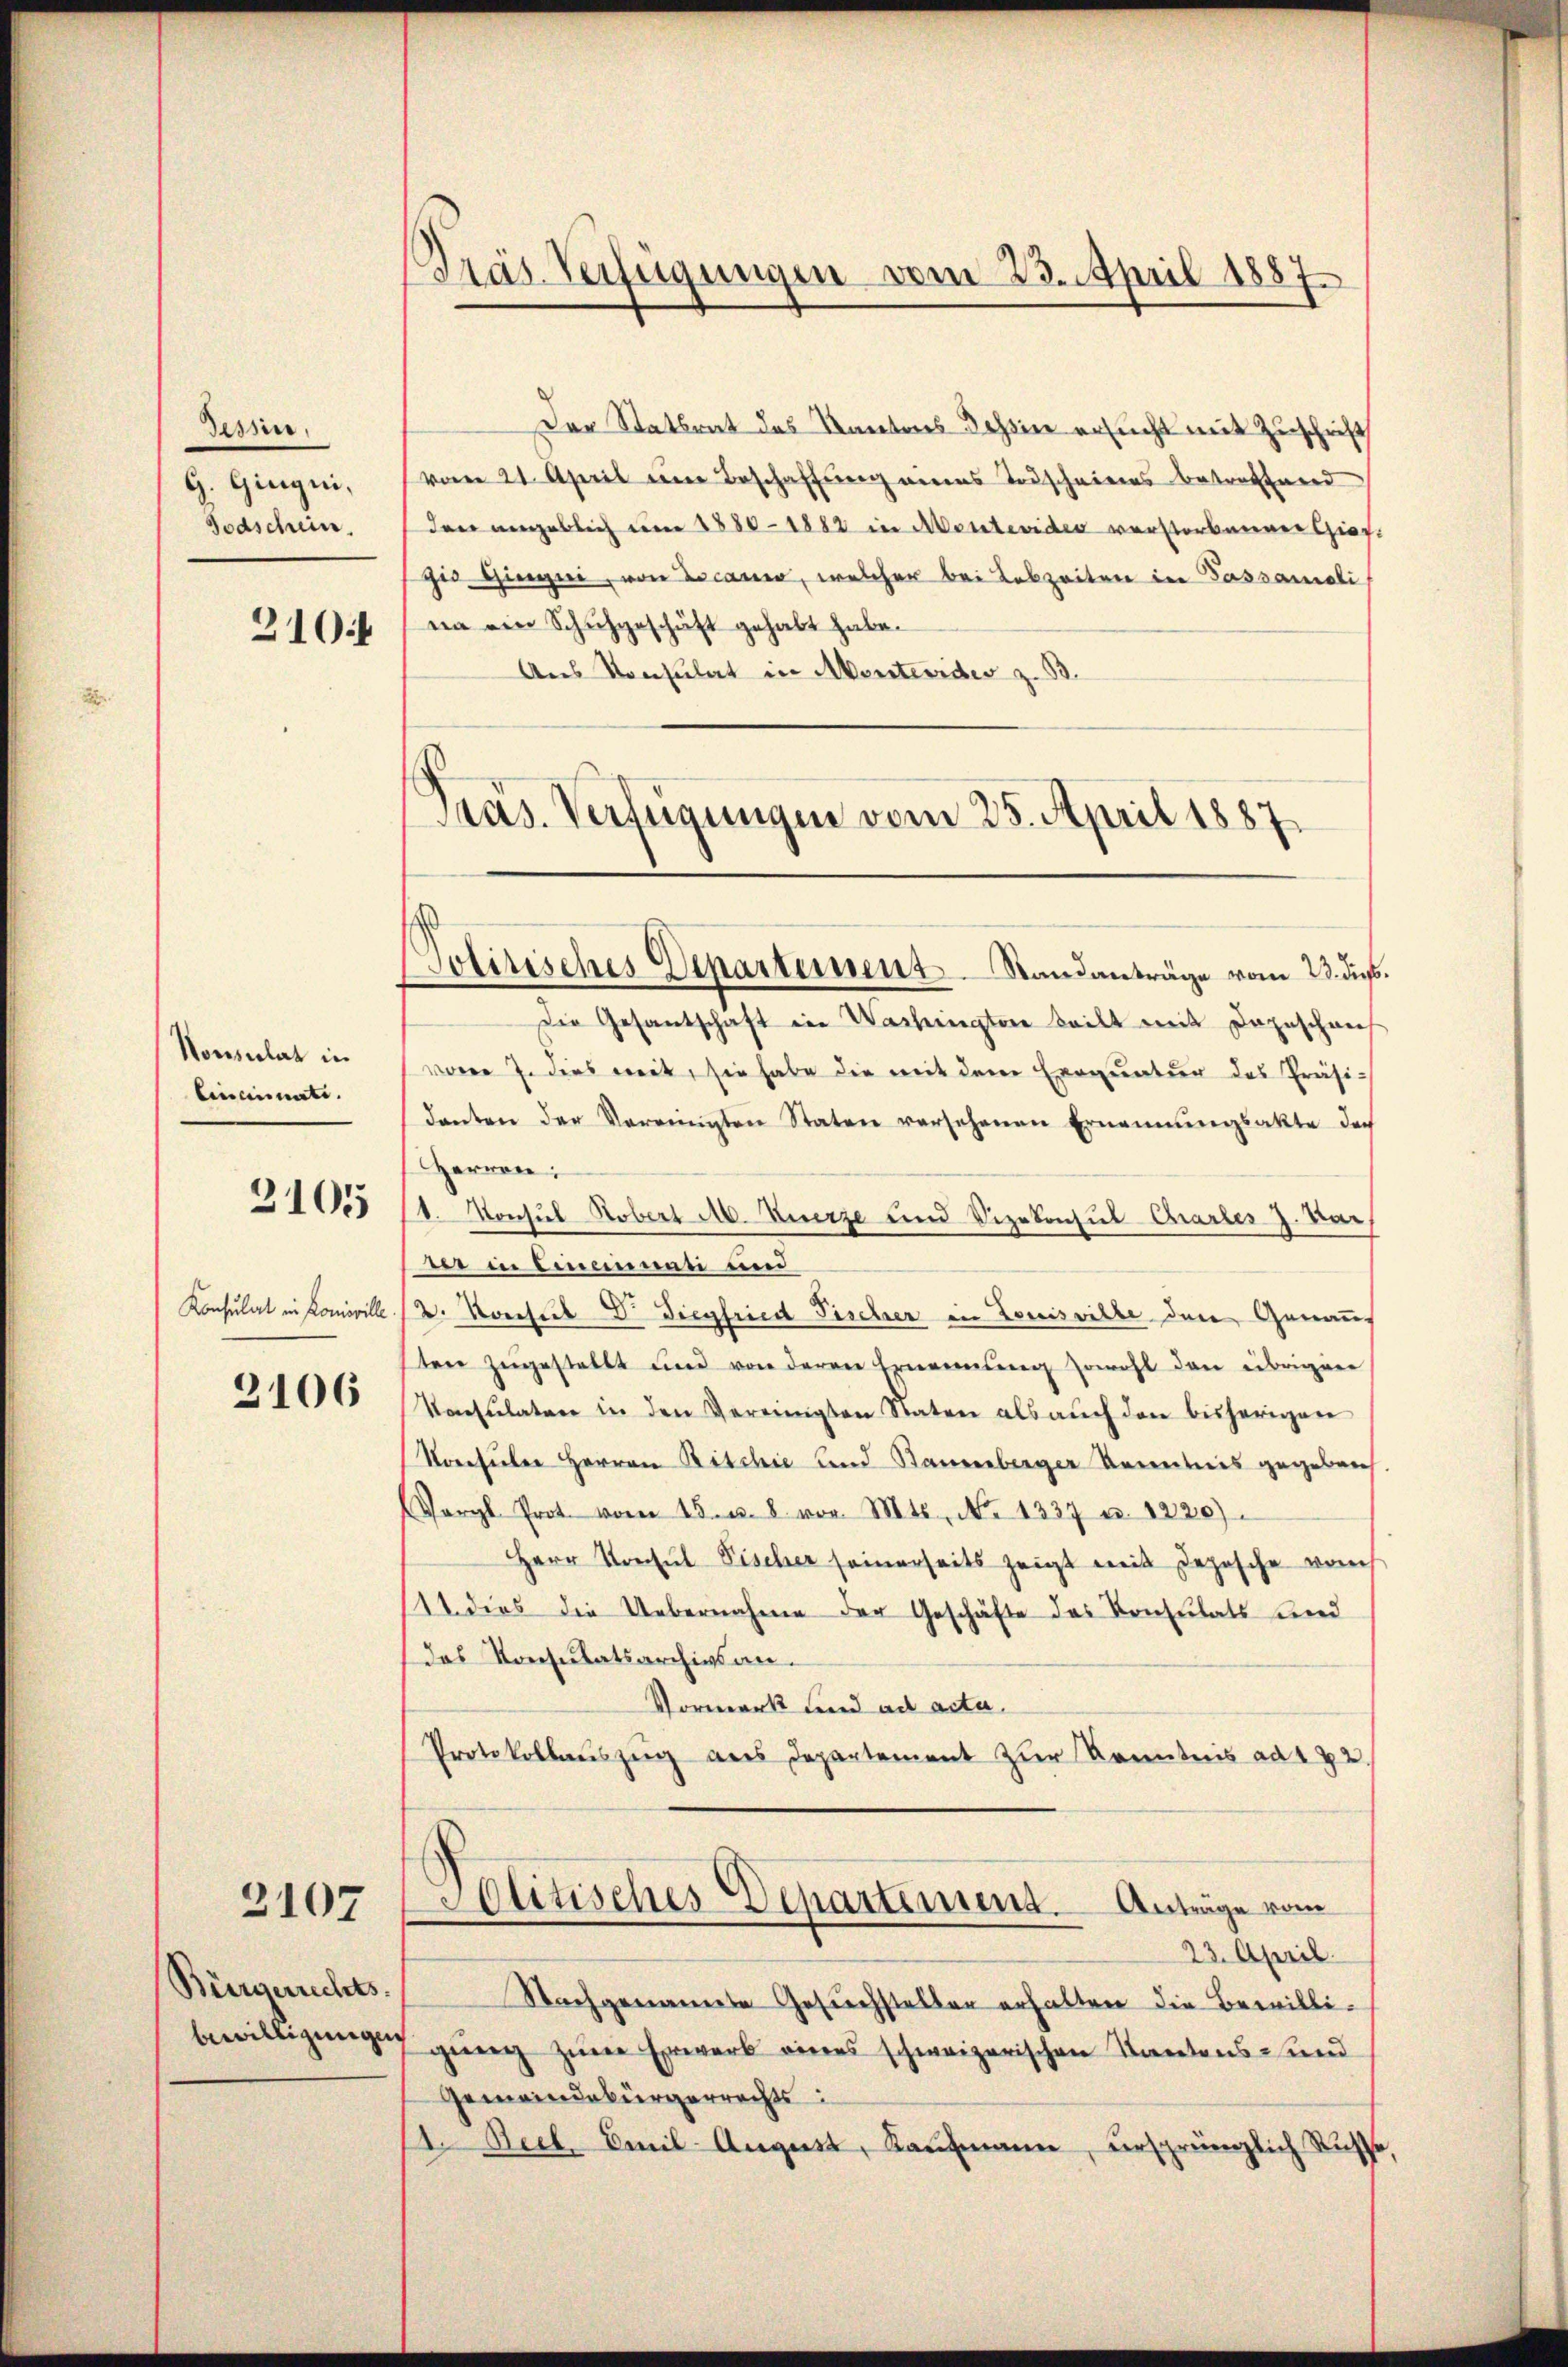
Jesner,
G. Gingni,
Todschein.
310

Vonsulat in
Cincinirte. |

3105

Konsulat in Promoville

2106

2107

Bürgerrechts.
bewilligungen

Dräs Verfügungen vom 23. April 1887

Der Statsrat des Kantons Tessin ersucht mit Zuschrift
vom 21. April ein Beschaffung meins Todscheines betreffend
den angeblich um 1880-1882 in Montevider verstorbenner Giescis Giengeri, von Decaner, welcher bei Lebzeiten in Passamali
na ein Schuhgeschäft gehabt habe.
Aus Konsulat in Abontevider z. B.

Pras. Verfügungen vom 25. April 1887.
Politisches Departement. Standanträge vom 23. diess.

Die Gesandschaft in Washington beilt mit Dageschneef
woren J. dies weit, sie habe die mit dem Exequatur des Präsi-
danten der Vereinigten Staten versehenen Ernennungsakte doch
Herren:
1. Konsul Hobert M. Kurze und Vizekonsul-Cartes J. Mai
die in Einenen und
2. Konsul Dr. Siegfried Fischer in Louisville der Genauf
ten zŭgestellt und von deren Ernennung sowohl den übrigene
Konsulaten in den Vereinigten Raten als aŭch den bisherigen
Voesieber Herren Ritchie und Baurenberger Kenntnis gegeben.
Vergl. Prot. vom 15. u. 8 vor. Mts. No 1337 u. 1220)
Herr Konsul Fischer seinerseits zeigt mit Depesche vo
114 dies die Uebernahme der Geschäfte des Konsulats und
das Konsulatsarchivsan¬
Vormerk und ad acta.
Protokollauszug aus Departement zur Kenntnis ad 172
Politisches Departement. Anträge vom
23. April.
Nachgenannte Gesuchsteller erhalten die Bewilli¬
7 ging zum Erwerk eines schweizerischen Kantons- und
Gemeindebürgerrechts:
1. Decb. Emil-August, Kaufmann, ursprünglich Russe,